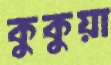
কুকুয়া